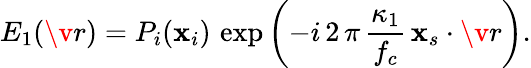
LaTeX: E_{1}(\v r)=P_{i}(\mathbf{x}_{i})\, \exp\left(-i\, 2\, \pi\, \frac{\kappa_{1}}{f_{c}}\, \mathbf{x}_{s}\cdot\v r\right).